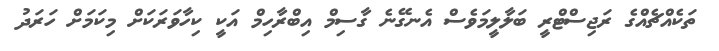
ތަކެއްޗެއްގެ ރަޖިސްޓްރީ ބަލާލީމަވެސް އެނގޭނެ ގާސިމް އިބްރާހިމް އަކީ ކިހާވަރަކަށް މިކަމަށް ހަރަދު